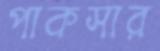
পাকসার